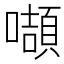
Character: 𭋴